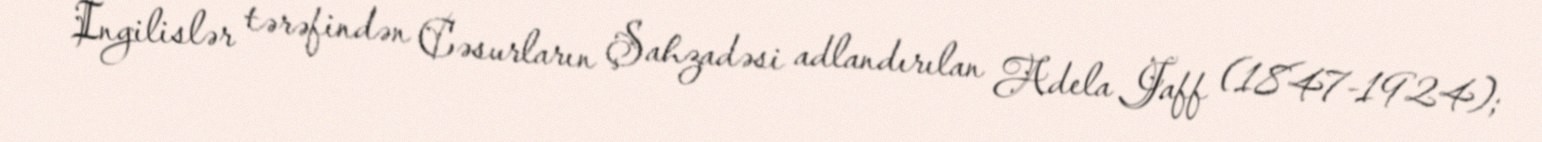
İngilislər tərəfindən Cəsurların Şahzadəsi adlandırılan Adela Jaff (1847-1924);